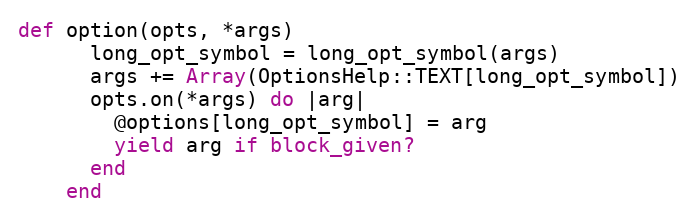
Language: Ruby
def option(opts, *args)
      long_opt_symbol = long_opt_symbol(args)
      args += Array(OptionsHelp::TEXT[long_opt_symbol])
      opts.on(*args) do |arg|
        @options[long_opt_symbol] = arg
        yield arg if block_given?
      end
    end